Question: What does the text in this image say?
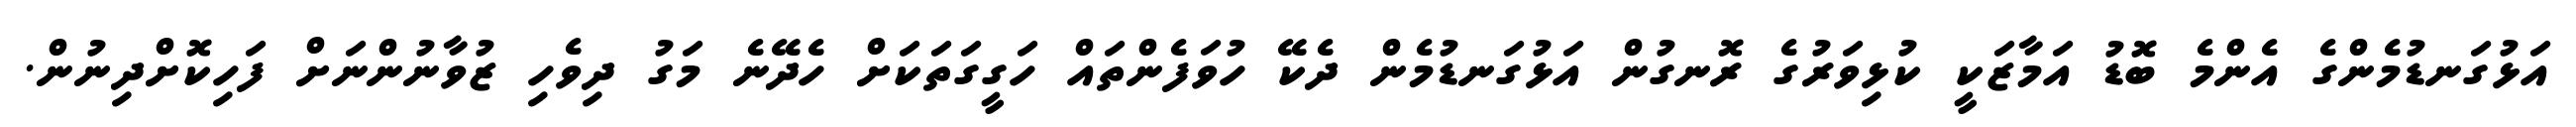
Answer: އަޅުގަނޑުމެންގެ އެންމެ ބޮޑު އަމާޒަކީ ކުޅިވަރުގެ ރޮނގުން އަޅުގަނޑުމެން ދެކޭ ހުވަފެންތައް ހަގީގަތަކަށް ހެދޭނެ މަގު ދިވެހި ޒުވާނުންނަށް ފަހިކޮށްދިނުން.